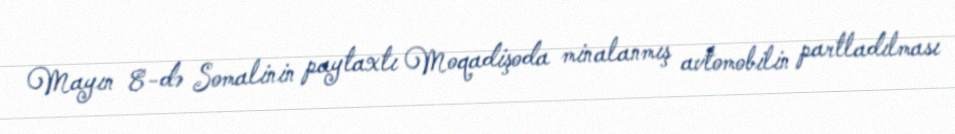
Mayın 8-də Somalinin paytaxtı Moqadişoda minalanmış avtomobilin partladılması